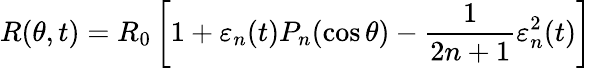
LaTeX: R(\theta,t)=R_{0}\left[1+\varepsilon_{n}(t)P_{n}(\cos\theta)-\frac{1}{2n+1}\varepsilon_{n}^{2}(t)\right]